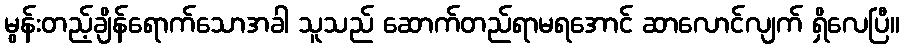
မွန်းတည့်ချိန်ရောက်သောအခါ သူသည် ဆောက်တည်ရာမရအောင် ဆာလောင်လျက် ရှိလေပြီ။